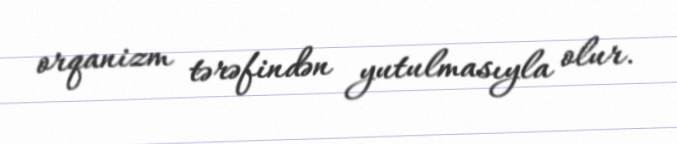
orqanizm tərəfindən yutulmasıyla olur.